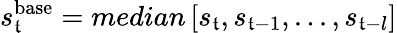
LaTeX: s_{\mathfrak{t}}^{\mathrm{{base}}}=median\left[s_{\mathfrak{t}},s_{\mathfrak{t}-1},...,s_{\mathfrak{t}-l}\right]